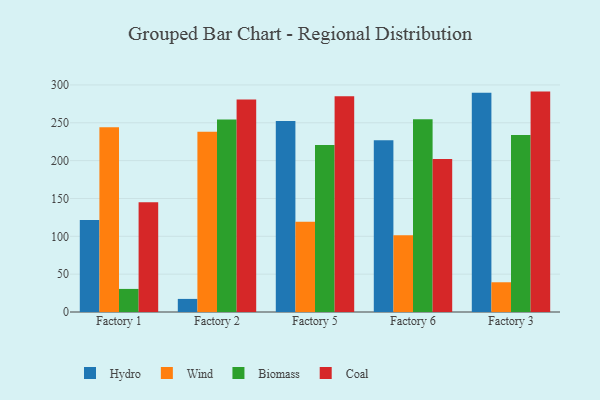
{"axis": {"x": "Factory", "y": "Revenue (USD Million)"}, "legend": ["Biomass", "Coal", "Hydro", "Wind"], "data": [{"x": "Factory 1", "y": 121.5, "type": "Hydro"}, {"x": "Factory 1", "y": 244.0, "type": "Wind"}, {"x": "Factory 1", "y": 30.5, "type": "Biomass"}, {"x": "Factory 1", "y": 144.9, "type": "Coal"}, {"x": "Factory 2", "y": 17.3, "type": "Hydro"}, {"x": "Factory 2", "y": 238.3, "type": "Wind"}, {"x": "Factory 2", "y": 254.2, "type": "Biomass"}, {"x": "Factory 2", "y": 280.8, "type": "Coal"}, {"x": "Factory 5", "y": 252.2, "type": "Hydro"}, {"x": "Factory 5", "y": 119.3, "type": "Wind"}, {"x": "Factory 5", "y": 220.5, "type": "Biomass"}, {"x": "Factory 5", "y": 285.2, "type": "Coal"}, {"x": "Factory 6", "y": 226.9, "type": "Hydro"}, {"x": "Factory 6", "y": 101.4, "type": "Wind"}, {"x": "Factory 6", "y": 254.8, "type": "Biomass"}, {"x": "Factory 6", "y": 202.2, "type": "Coal"}, {"x": "Factory 3", "y": 289.7, "type": "Hydro"}, {"x": "Factory 3", "y": 39.3, "type": "Wind"}, {"x": "Factory 3", "y": 234.0, "type": "Biomass"}, {"x": "Factory 3", "y": 291.2, "type": "Coal"}]}